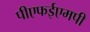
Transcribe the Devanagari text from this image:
पीएफईएमपी